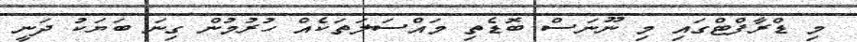
މި ޑްރާފްޓްގައި މި ނޫނަސް ބޮޑެތި މައްސަލަތަކެއް ހުރުމުން ގިނަ ބަޔަކު ދަނީ